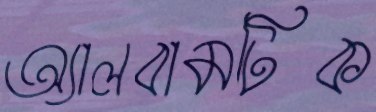
অ্যালবামটিক